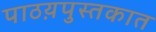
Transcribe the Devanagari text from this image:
पाठय़पुस्तकात